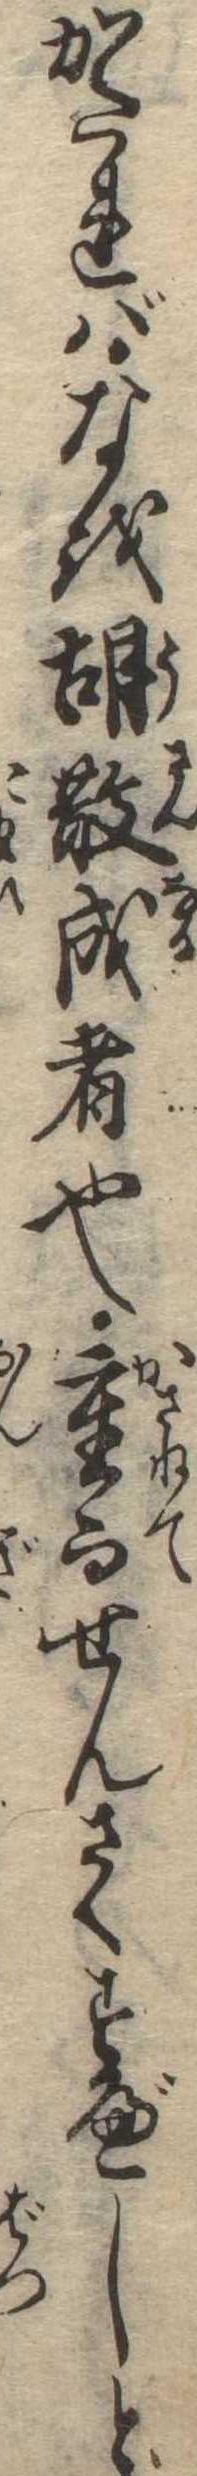
かたればなを胡散成者也重而せんさくすべしと